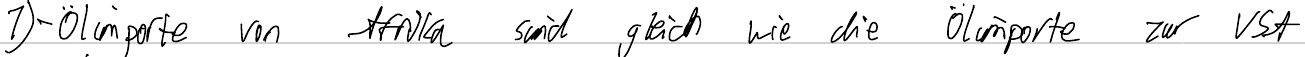
1) - Ölimporte von Afrika sind gleich wie die Ölimporte zur USA